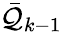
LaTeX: \bar{\mathcal Q}_{k-1}